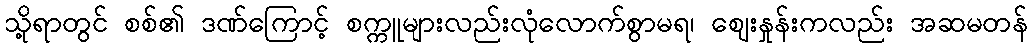
သို့ရာတွင် စစ်၏ ဒဏ်ကြောင့် စက္ကူများလည်းလုံလောက်စွာမရ၊ ဈေးနှုန်းကလည်း အဆမတန်